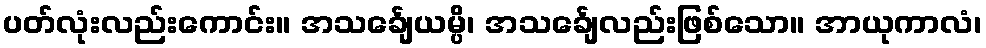
ပတ်လုံးလည်းကောင်း။ အသင်္ချေယမ္ပိ၊ အသင်္ချေလည်းဖြစ်သော။ အာယုကာလံ၊